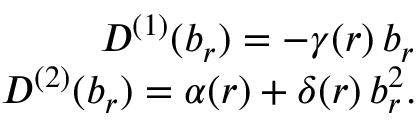
\begin{array} { r } { D ^ { ( 1 ) } ( b _ { r } ) = - \gamma ( r ) \, b _ { r } } \\ { D ^ { ( 2 ) } ( b _ { r } ) = \alpha ( r ) + \delta ( r ) \, b _ { r } ^ { 2 } . } \end{array}